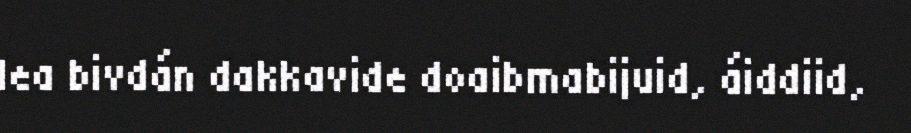
lea bivdán dakkavide doaibmabijuid, áiddiid,